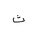
Letter: _tha